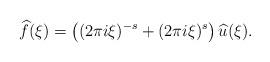
LaTeX: \begin{align*} \widehat{f}(\xi)=\left((2\pi i \xi)^{-s}+(2\pi i \xi)^s\right) \widehat{u}(\xi). \end{align*}